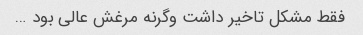
فقط مشکل تاخیر داشت وگرنه مرغش عالی بود …